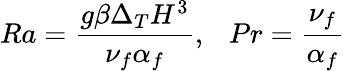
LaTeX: Ra=\frac{g\beta\Delta_{T}H^{3}}{\nu_{f}\alpha_{f}},\ \ \ Pr=\frac{\nu_{f}}{\alpha_{f}}